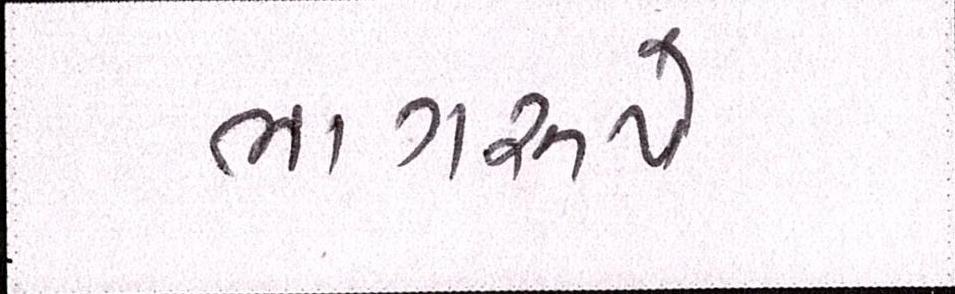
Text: ભાગરૂપે